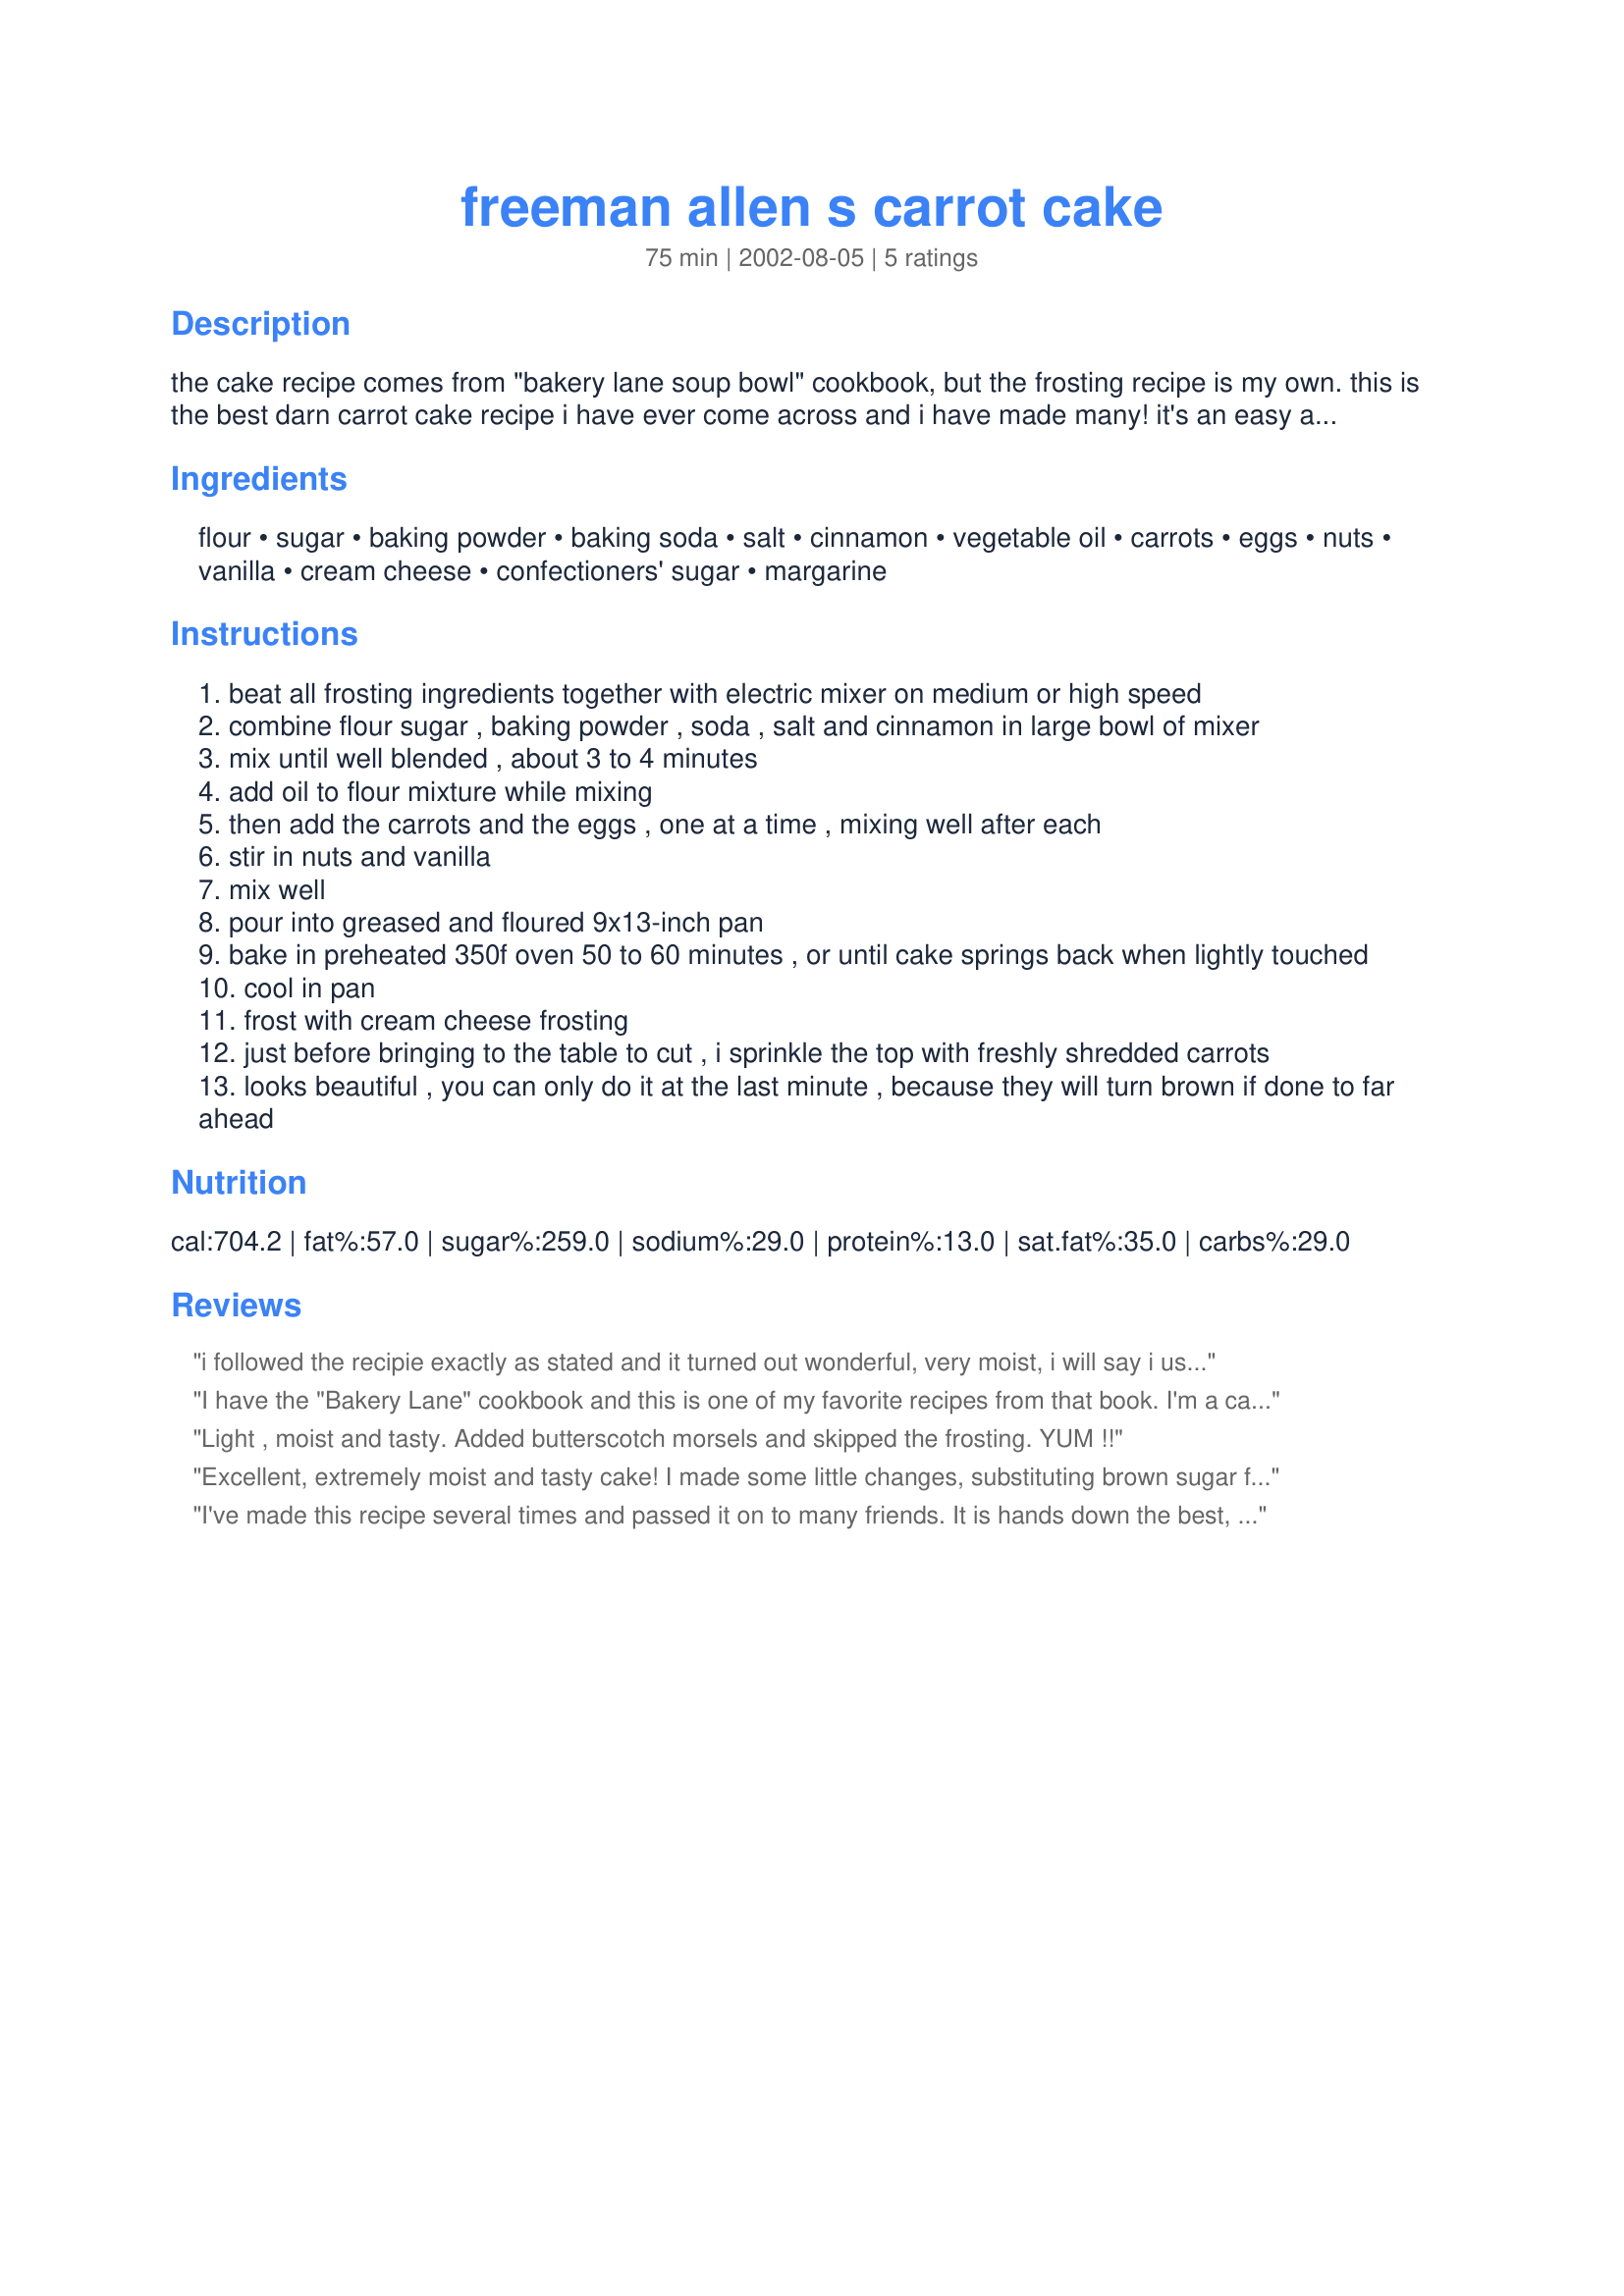
freeman allen s carrot cake
Preparation time: 75 minutes

the cake recipe comes from "bakery lane soup bowl" cookbook, but the frosting recipe is my own. this is the best darn carrot cake recipe i have ever come across and i have made many! it's an easy and almost fool-proof cake.

Ingredients:
flour, sugar, baking powder, baking soda, salt, cinnamon, vegetable oil, carrots, eggs, nuts, vanilla, cream cheese, confectioners' sugar, margarine

Steps:
beat all frosting ingredients together with electric mixer on medium or high speed
combine flour sugar , baking powder , soda , salt and cinnamon in large bowl of mixer
mix until well blended , about 3 to 4 minutes
add oil to flour mixture while mixing
then add the carrots and the eggs , one at a time , mixing well after each
stir in nuts and vanilla
mix well
pour into greased and floured 9x13-inch pan
bake in preheated 350f oven 50 to 60 minutes , or until cake springs back when lightly touched
cool in pan
frost with cream cheese frosting
just before bringing to the table to cut , i sprinkle the top with freshly shredded carrots
looks beautiful , you can only do it at the last minute , because they will turn brown if done to far ahead

Reviews:
i followed the recipie exactly as stated and it turned out wonderful, very moist, i will say i used another frosting recpie because i have a large bag of powdered sugar and i didnt know what you meant by half a box of it.
I have the "Bakery Lane" cookbook and this is one of my favorite recipes from that book. I'm a carrot cake maniac, and this rates as one of the best I've ever eaten. And I agree with Tweeky, it is very easy to make.
Light , moist and tasty. Added butterscotch morsels and skipped the frosting. YUM !!
Excellent, extremely moist and tasty cake! I made some little changes, substituting brown sugar for white sugar, putting only a dash of cinnamon, adding a dash of cardamom and increasing the amount of vanilla to 3 tsp.I wanted a little less fats so I put only 1 cup sunflower oil and made up the quantity with orange juice, added some grated orange peel, and doubled the amount of nuts (walnuts). Also I was very curious to try the "orange cream cheese frosting" recipe by Rita L, so I tried it on this cake and I must say they go together wonderfully! I'm sorry I made so many changes (;P) however everybody really loved this cake, thank you for posting!(P.S. I took a picture of this cake, I hope I manage to post it!)
I've made this recipe several times and passed it on to many friends. It is hands down the best, easiest carrot cake recipe I've ever made. I top the cake off with toasted chopped pecans and have even made cupcakes with cream cheese frosting rolled in coconut! FABULOUS
